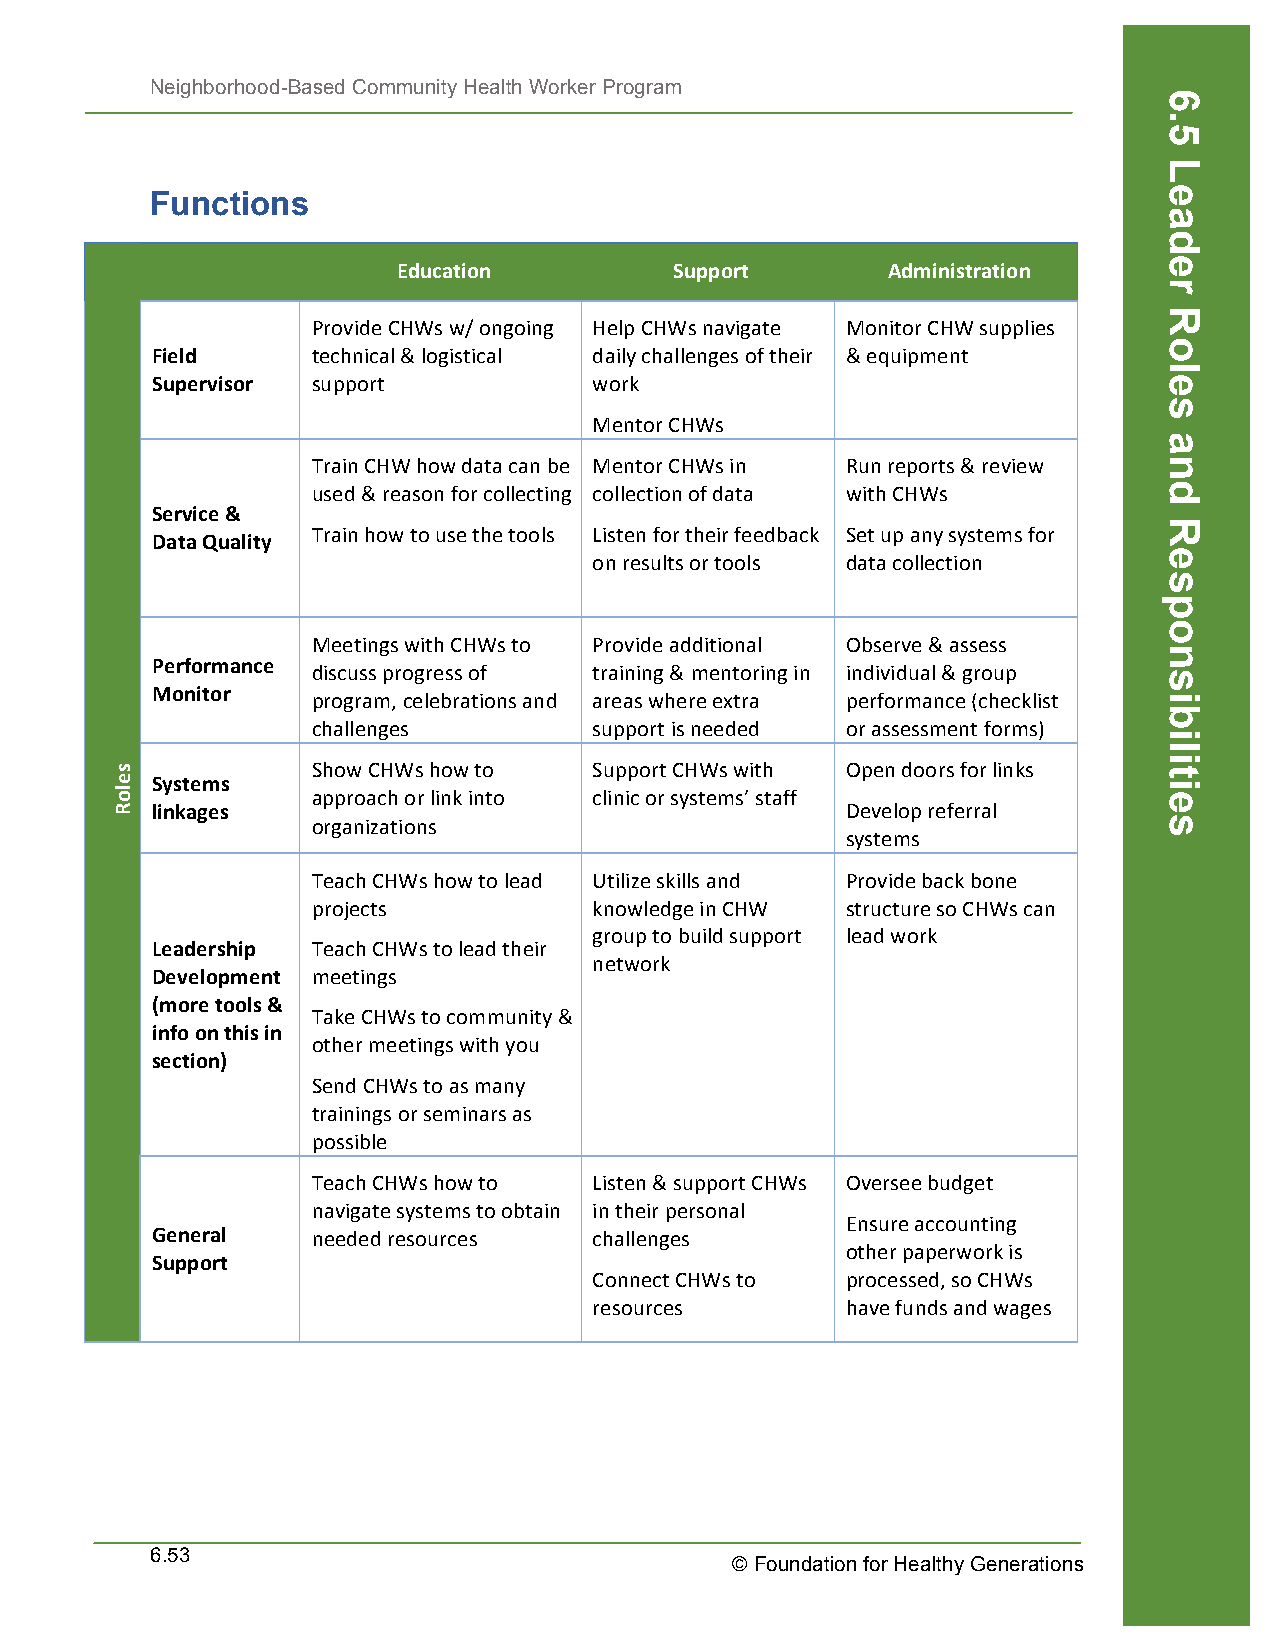
Neighborhood-Based Community Health Worker Program
 Functions
 Education          Support       Administration
 Provide CHWs w/ ongoing Help CHWs navigate Monitor CHW supplies
 Field      technical & logistical daily challenges of their & equipment
 Supervisor support           work
 Mentor CHWs
 Train CHW how data can be Mentor CHWs in Run reports & review
 used & reason for collecting collection of data with CHWs
 Service &
 Train how to use the tools Listen for their feedback Set up any systems for
 Data Quality
 on results or tools data collection
 Meetings with CHWs to Provide additional Observe & assess
 Performance
 discuss progress of training & mentoring in individual & group
 Monitor
 program, celebrations and areas where extra performance (checklist
 challenges        support is needed or assessment forms)
 Show CHWs how to  Support CHWs with Open doors for links
 Systems
 approach or link into clinic or systems’ staff
 linkages                                      Develop referral
 organizations
 systems
 Teach CHWs how to lead Utilize skills and Provide back bone
 projects          knowledge in CHW structure so CHWs can
 group to build support lead work
 Leadership Teach CHWs to lead their
 network
 Development meetings
 (more tools &
 Take CHWs to community &
 info on this in
 other meetings with you
 section)
 Send CHWs to as many
 trainings or seminars as
 possible
 Teach CHWs how to Listen & support CHWs Oversee budget
 navigate systems to obtain in their personal
 Ensure accounting
 General    needed resources  challenges
 other paperwork is
 Support
 Connect CHWs to  processed, so CHWs
 resources        have funds and wages
 6.53
 © Foundation for Healthy Generations
 seloR
 6.5
 Leader
 Roles
 and
 Responsibilities